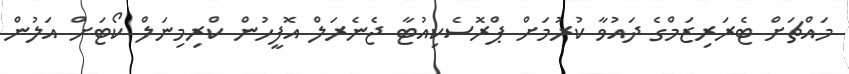
މައްޗަށް ޓެރަރިޒަމްގެ ދައުވާ ކުރުމަށް ޕްރޮސެކިއުޓާ ޖެނެރަލް އޮފީހުން ކްރިމިނަލް ކޯޓަށް އަލުން